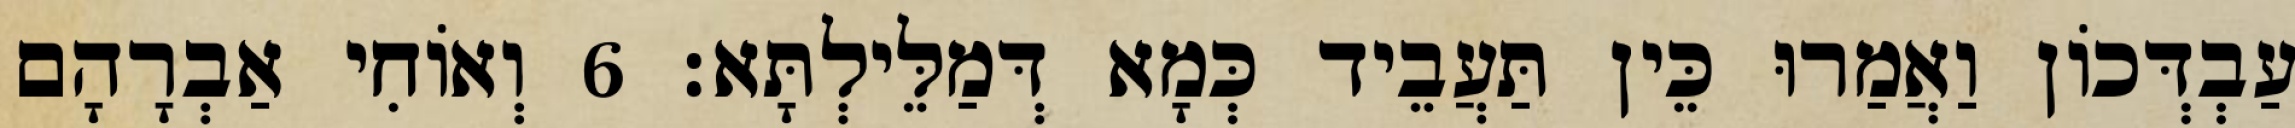
עַבְדְּכוֹן וַאֲמַרוּ כֵּין תַּעֲבֵיד כְּמָא דְּמַלֵּילְתָּא׃ 6 וְאוֹחִי אַבְרָהָם